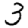
Digit: 3